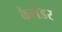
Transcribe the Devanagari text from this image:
कैलेडर